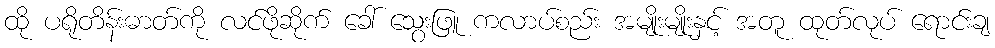
ထို ပရိုတိန်းဓာတ်ကို လင်ဖိုဆိုက် ခေါ် သွေးဖြူ ကလာပ်စည်း အမျိုးမျိုးနှင့် အတူ ထုတ်လုပ် ရောင်းချ